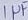
Text: 1µF